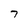
Character: 7